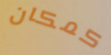
كمكان